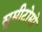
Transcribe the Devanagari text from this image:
सुमीटोमो